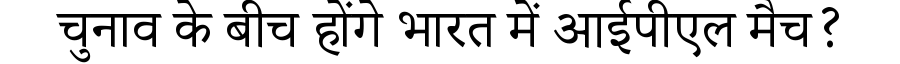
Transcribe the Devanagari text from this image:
चुनाव के बीच होंगे भारत में आईपीएल मैच?